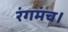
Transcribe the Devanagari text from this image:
रंगमंच।